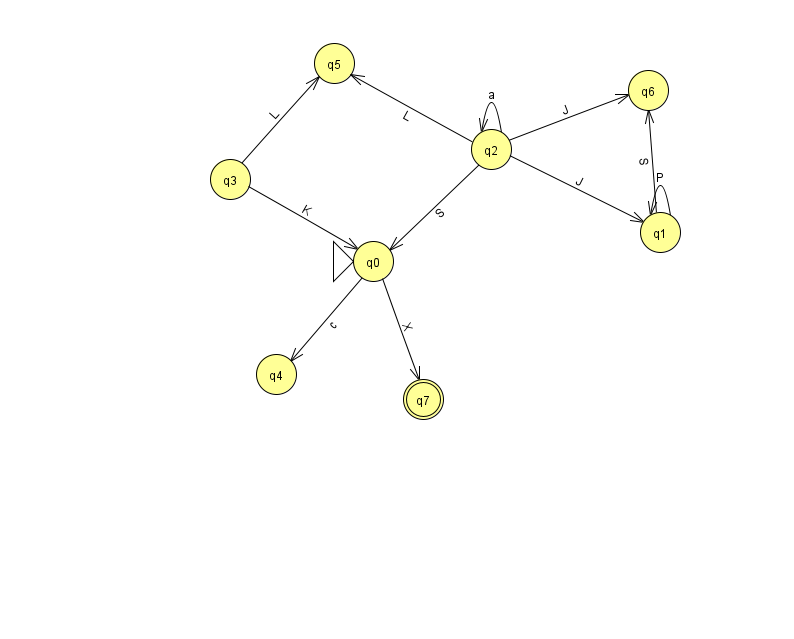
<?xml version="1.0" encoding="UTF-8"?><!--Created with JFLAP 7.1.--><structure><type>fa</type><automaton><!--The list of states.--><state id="0" name="q0"><x>373.0</x><y>248.0</y><initial/></state><state id="1" name="q1"><x>660.0</x><y>219.0</y></state><state id="2" name="q2"><x>491.0</x><y>136.0</y></state><state id="3" name="q3"><x>230.0</x><y>166.0</y></state><state id="4" name="q4"><x>276.0</x><y>361.0</y></state><state id="5" name="q5"><x>334.0</x><y>50.0</y></state><state id="6" name="q6"><x>648.0</x><y>77.0</y></state><state id="7" name="q7"><x>423.0</x><y>386.0</y><final/></state><!--The list of transitions.--><transition><from>1</from><to>1</to><read>P</read></transition><transition><from>2</from><to>2</to><read>a</read></transition><transition><from>0</from><to>7</to><read>X</read></transition><transition><from>2</from><to>6</to><read>J</read></transition><transition><from>2</from><to>0</to><read>S</read></transition><transition><from>3</from><to>5</to><read>L</read></transition><transition><from>3</from><to>0</to><read>K</read></transition><transition><from>0</from><to>4</to><read>c</read></transition><transition><from>1</from><to>6</to><read>S</read></transition><transition><from>2</from><to>1</to><read>J</read></transition><transition><from>2</from><to>5</to><read>L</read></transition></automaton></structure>